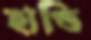
হাণ্ডি